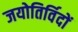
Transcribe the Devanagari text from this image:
जयोतिर्विदों